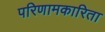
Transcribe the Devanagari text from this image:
परिणामकारिता